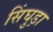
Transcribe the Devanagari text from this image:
सिंघुड़ा